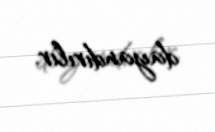
dayandırılır.